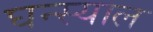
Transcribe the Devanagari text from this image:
घन्स्याल